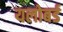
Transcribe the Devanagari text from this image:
यलोबर्ड